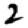
Digit: 2